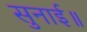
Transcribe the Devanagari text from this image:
सुनाई॥